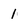
Character: 1